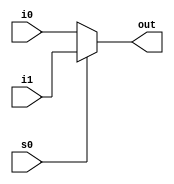
module mult2_to_1_5(out, i0,i1,s0);
output [4:0] out;
input [4:0]i0,i1;
input s0;
assign out = s0 ? i1:i0;
endmodule